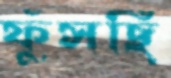
ফুঁসছি